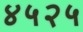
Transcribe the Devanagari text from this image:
४५२५